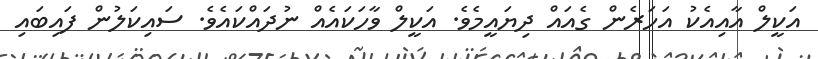
އަކީލް އާއިއެކު އަހަރެން ގެއައް ދިޔައީމެވެ. އަކީލް ވާހަކައެއް ނުދައްކައެވެ. ސައިކަލުން ފައިބައި